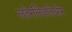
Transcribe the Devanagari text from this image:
लतेरलिज़तिओन